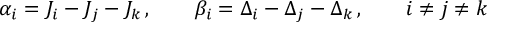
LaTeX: \alpha _ { i } = J _ { i } - J _ { j } - J _ { k } \, , \qquad \beta _ { i } = \Delta _ { i } - \Delta _ { j } - \Delta _ { k } \, , \qquad i \neq j \neq k